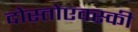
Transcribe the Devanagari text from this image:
दोस्तोएवस्की